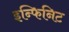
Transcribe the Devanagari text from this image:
इन्फिनिट